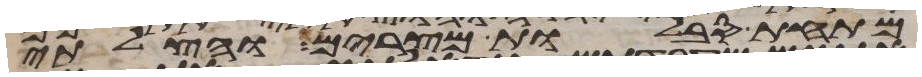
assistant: מתחת סבלות מצרים והצלתי